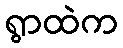
ရွာထဲက